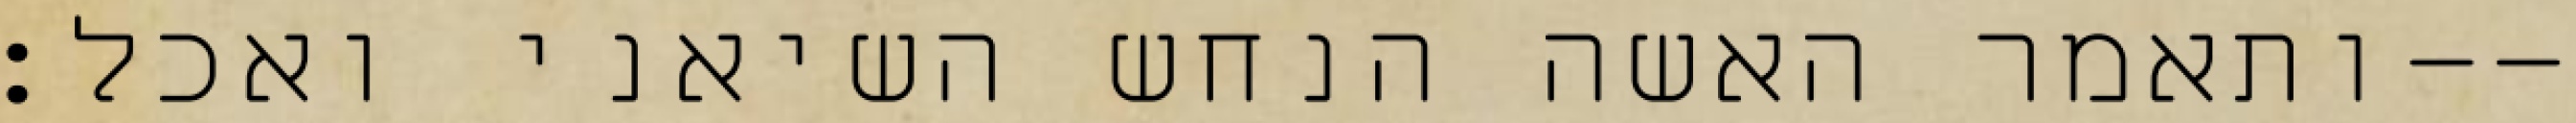
ותאמר האשה הנחש השיאני ואכל׃--